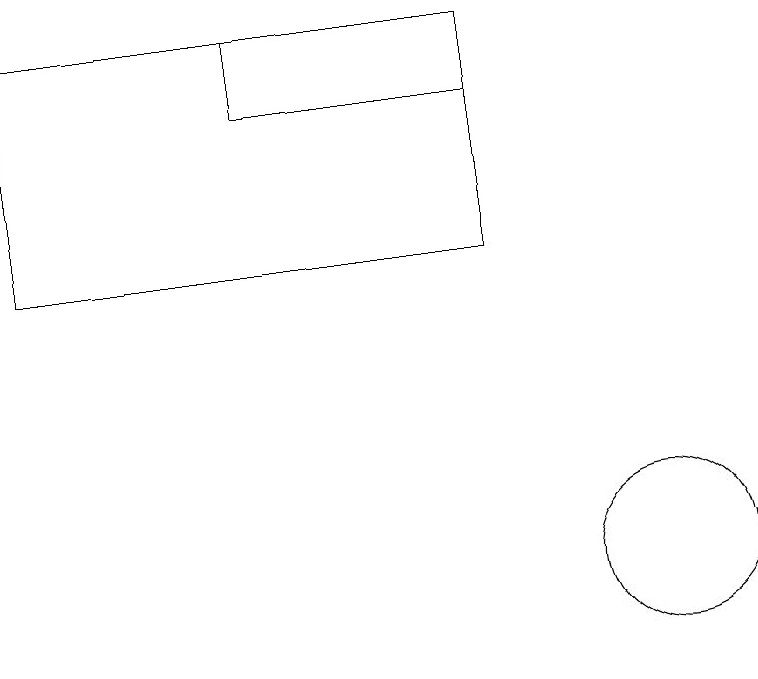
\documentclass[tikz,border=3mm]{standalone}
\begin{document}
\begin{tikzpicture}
\draw (5,16) rectangle (8,17);
\draw (10,10) circle (1);
\draw (2,17) rectangle (8,14);
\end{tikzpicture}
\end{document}